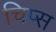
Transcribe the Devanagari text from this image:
चिप्‍स